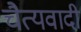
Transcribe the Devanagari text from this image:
चैत्यवादी